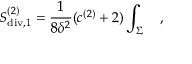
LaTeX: S _ { \mathrm { d i v } , 1 } ^ { ( 2 ) } = { \frac { 1 } { 8 \delta ^ { 2 } } } ( c ^ { ( 2 ) } + 2 ) \int _ { \Sigma } ~ ~ ~ ,